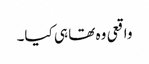
واقعی وہ تھا ہی کیا۔